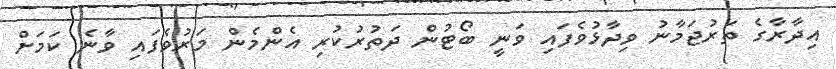
އިދާރާގެ ތަރުޖަމާނު ވިދާޅުވެފައި ވަނީ ބޯޓުން ދަތުރުކުރި އެންމެން މަރުވެފައި ވާނެ ކަމަށް